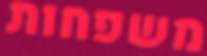
משפחות